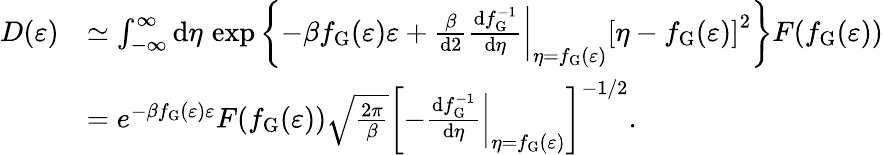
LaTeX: \begin{array}{rl}{D(\varepsilon)}&{\simeq\int_{-\infty}^{\infty}\mathrm{d}\eta\, \exp\left\lbrace-\beta f_{\mathrm{G}}(\varepsilon)\varepsilon+\frac{\beta}{\mathrm{d}2}\left.\frac{\mathrm{d}f_{\mathrm{G}}^{-1}}{\mathrm{d}\eta}\right|_{\eta=f_{\mathrm{G}}(\varepsilon)}\left[\eta-f_{\mathrm{G}}(\varepsilon)\right]^{2}\right\rbrace F(f_{\mathrm{G}}(\varepsilon))}\\ &{=e^{-\beta f_{\mathrm{G}}(\varepsilon)\varepsilon}F(f_{\mathrm{G}}(\varepsilon))\sqrt{\frac{2\pi}{\beta}}\left[-\left.\frac{\mathrm{d}f_{\mathrm{G}}^{-1}}{\mathrm{d}\eta}\right|_{\eta=f_{\mathrm{G}}(\varepsilon)}\right]^{-1/2}.}\end{array}